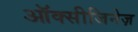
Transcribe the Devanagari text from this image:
ऑक्सीजिनेज़